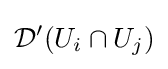
{\mathcal {D}}'(U_{i}\cap U_{j})